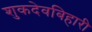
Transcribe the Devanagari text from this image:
शुकदेवबिहारी